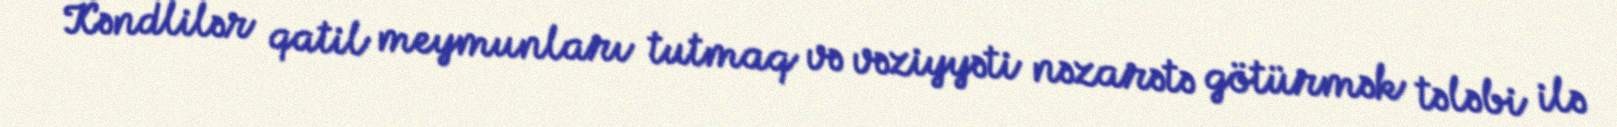
Kəndlilər qatil meymunları tutmaq və vəziyyəti nəzarətə götürmək tələbi ilə